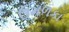
ઉમળકા